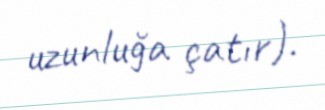
uzunluğa çatır).